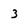
Character: 3